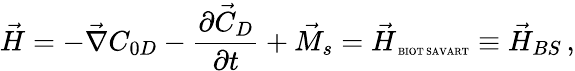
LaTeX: \vec{H}=-\vec{\nabla}C_{0D}-\frac{\partial\vec{C}_{D}}{\partial t}+\vec{M}_{s}=\vec{H}_{\mathrm{\tiny~BIOT~SAVART}}\equiv\vec{H}_{BS}\, ,